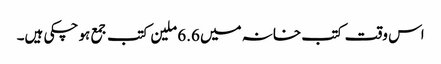
اس وقت کتب خانہ میں 6.6 ملین کتب جمع ہو چکی ہیں۔